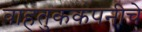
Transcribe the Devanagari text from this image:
वाहतुककंपनीचे